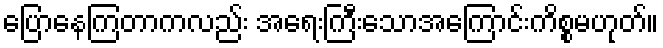
ပြောနေကြတာကလည်း အရေးကြီးသောအကြောင်းကိစ္စမဟုတ်။